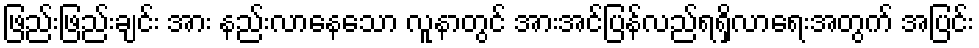
ဖြည်းဖြည်းချင်း အား နည်းလာနေသော လူနာတွင် အားအင်ပြန်လည်ရရှိလာရေးအတွက် အပြင်း